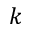
k